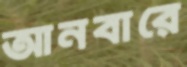
আনবারে